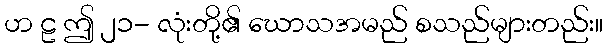
ဟ ဠ ဤ ၂၁- လုံးတို့၏ ဃောသအမည် စသည်များတည်း။